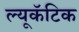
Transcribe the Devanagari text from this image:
ल्यूकॅटिक